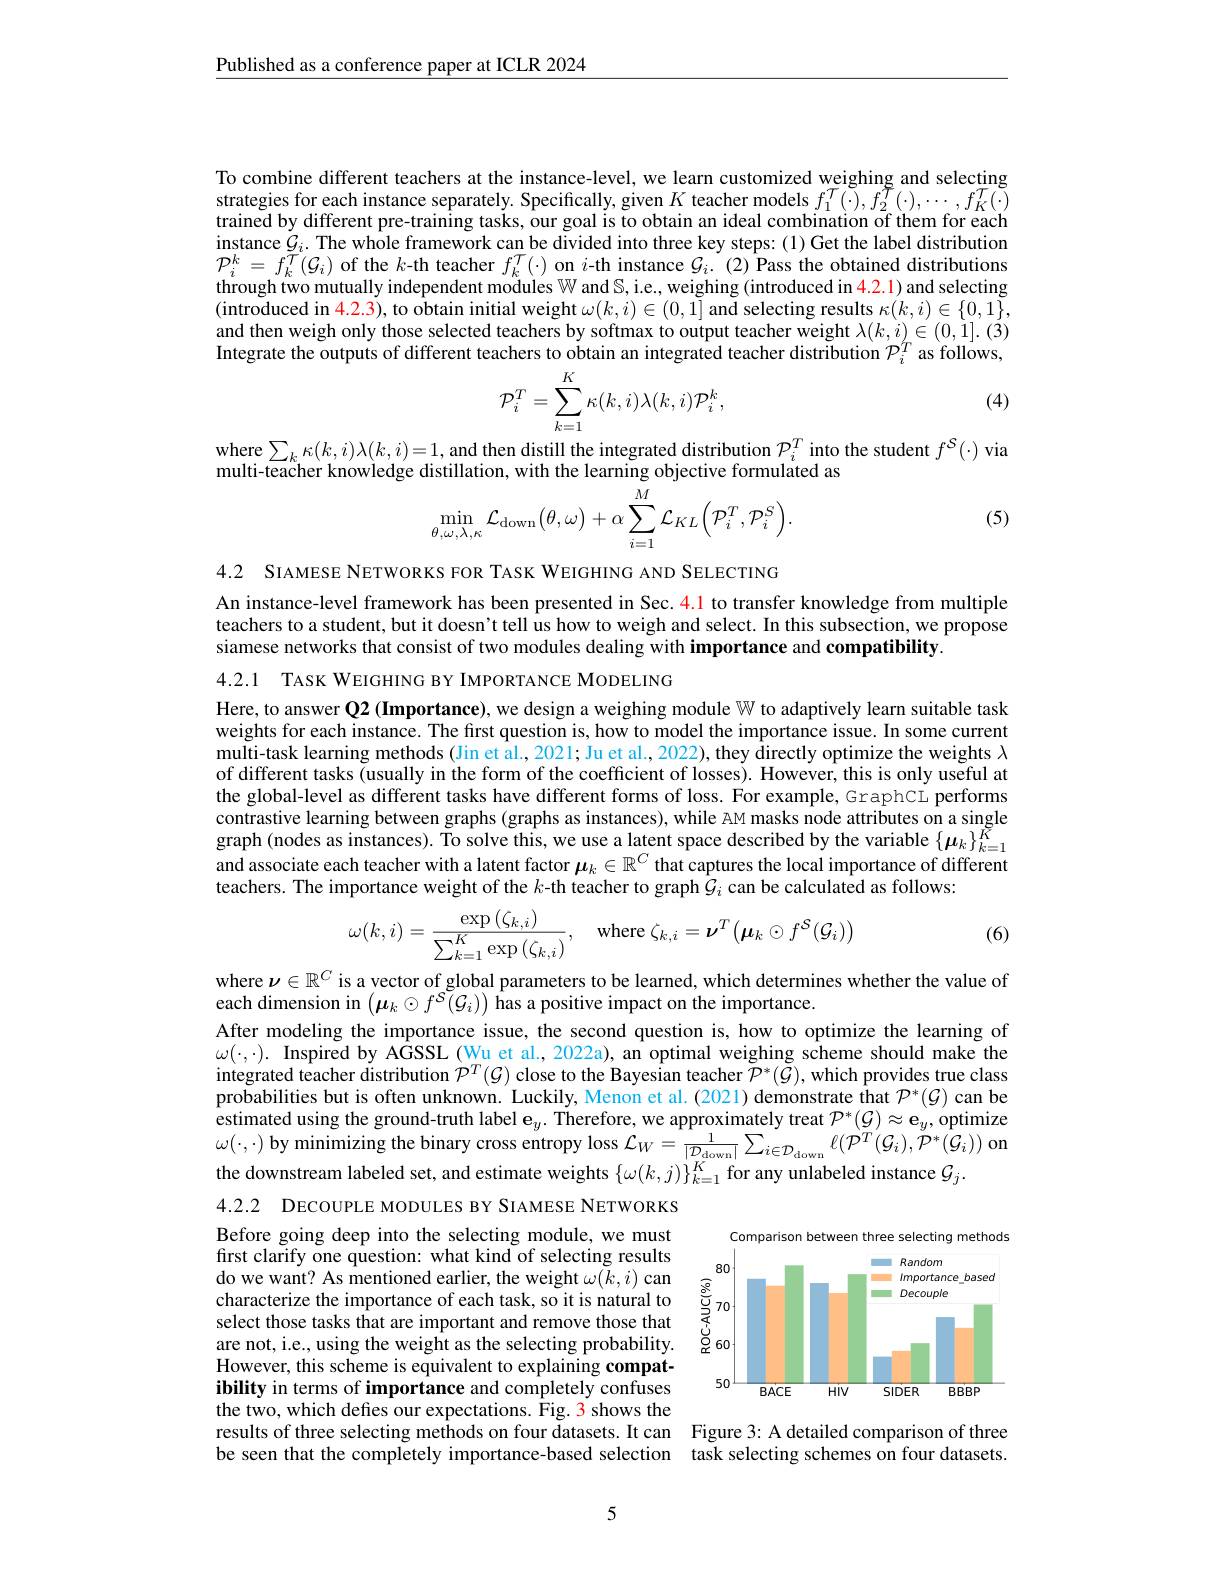
Published as a conference paper at ICLR 2024

To combine different teachers at the instance-level, we learn customized weighing and selecting strategies for each instance separately. Specifically, given $K$ teacher models $f_1^T(\cdot),f_2^T(\cdot),\cdots,f_K^T(\cdot)$ trained by different pre-training tasks, our goal is to obtain an ideal combination of them for each instance $\mathcal{G}_i.$ The whole framework can be divided into three key steps:(1) Get the label distribution $\mathcal{P}_{i}^{k}=f_{k}^{\ddot{T}}(\mathcal{G}_{i})$ of the $k$-th teacher $f_k^{\mathcal{T}}(\cdot)$ on $i$-th instance $G_i.$ (2)Pass the obtained distributions through two mutually independent modules $\mathbb{W}$ and S, i.e., weighing (introduced in 4.2.1) and selecting $(\tilde{\text{introduced in 4.2.3}}),\tilde{\text{to obtain initial weight }\omega}(k,i)\in(0,\tilde{1}]$ and selecting results $\kappa(k,i)\in\{0,1\}$, and then weigh only those selected teachers by softmax to output teacher weight $\lambda(k,i)\in(0,1].$ (3) Integrate the outputs of different teachers to obtain an integrated teacher distribution $\mathcal{P}_i^T$ as follows,
$$\mathcal{P}_{i}^{T}=\sum_{k=1}^{K}\kappa(k,i)\lambda(k,i)\mathcal{P}_{i}^{k},$$
(4)

where $\sum_k\kappa(k,i)\lambda(k,i)=1$, and then distill the integrated distribution $\mathcal{P}_i^T$ into the student $f^S(\cdot)$ via
multi-teacher knowledge distillation, with the learning objective formulated as
$$\min_{\theta,\omega,\lambda,\kappa}\mathcal{L}_{\mathrm{down}}\big(\theta,\omega\big)+\alpha\sum_{i=1}^{M}\mathcal{L}_{KL}\bigg(\mathcal{P}_{i}^{T},\mathcal{P}_{i}^{S}\bigg).$$
(5)

4.2 SIAMESE NETWORKS FOR TASK WEIGHING AND SELECTING
An instance-level framework has been presented in Sec. 4.1 to transfer knowledge from multiple teachers to a student, but it doesn't tell us how to weigh and select. In this subsection, we propose siamese networks that consist of two modules dealing with importance and compatibility.

4.2.1 TASK WEIGHING BY IMPORTANCE MODELING

Here, to answer Q2 (Importance), we design a weighing module $\mathbb{W}$ to adaptively learn suitable task weights for each instance. The first question is, how to model the importance issue. In some current multi-task learning methods (Jin et al., 2021; Ju et al., 2022), they đirectly optimize the weights $\lambda$ of different tasks (usually in the form of the coefficient of losses). However, this is only useful at the global-level as different tasks have different forms of loss. For example, GraphCL performs contrastive learning between graphs (graphs as instances), while zM masks node attributes on a single graph (nodes as instances). To solve this, we use a latent space described by the variable $\{\mu_k\}_{k=1}^K$ and associate each teacher with a latent factor $\boldsymbol\mu_k\in\mathbb{R}^C$ that captures the local importance of different teachers. The importance weight of the $k$-th teacher to graph $\hat{\mathcal{G}}_i$ can be calculated as follows:
$$\omega(k,i)=\frac{\exp\left(\zeta_{k,i}\right)}{\sum_{k=1}^{K}\exp\left(\zeta_{k,i}\right)},\quad\mathrm{where}\:\zeta_{k,i}=\boldsymbol{\nu}^{T}\left(\boldsymbol{\mu}_{k}\odot f^{\mathcal{S}}(\mathcal{G}_{i})\right)$$
(6)

where $\boldsymbol{\nu}\in\mathbb{R}^C$ is a vector of global parameters to be learned, which determines whether the value of
each dimension in $\left(\boldsymbol\mu_k\odot f^{S}(\mathcal{G}_i)\right)$ has a positive impact on the importance.
After modeling the importance issue, the second question is, how to optimize the learning of $\omega(\cdot,\cdot).$ Inspired by AGSSL (Wu et al., 2022a), an optimal weighing scheme should make the integrated teacher distribution $\mathcal{P}^T(\mathcal{G})$ close to the Bayesian teacher $\tilde{\mathcal{P}}^*(\tilde{\mathcal{G}})$, which provides true class probabilities but is often unknown. Luckily, Menon et al.(2021) demonstrate that $\mathcal{P}^*(\mathcal{G})$ can be $\hat{\text{estimated using the ground-truth label e}}_y.$ Therefore, we approximately treat $\mathcal{P}^*(\mathcal{G})\approx\mathbf{e}_y$, optimize $\omega(\cdot,\cdot)$ by minimizing the binary cross entropy loss $\mathcal{L}_W=\frac1{|\mathcal{D}_{\mathrm{down}}|}\sum_{i\in\mathcal{D}_{\mathrm{down}}}\ell(\mathcal{P}^T(\mathcal{G}_i),\mathcal{P}^*(\mathcal{G}_i))$ on the downstream labeled set, and estimate weights $\{\omega(k,j)\}_{k=1}^K$ for any unlabeled instance $\mathcal{G}_j.$

4.2.2 DECOUPLE MODULES BY SIAMESE NETWORKS

<FigureHere>

Before going deep into the selecting module, we must first clarify one question: what kind of selecting results do we want? As mentioned earlier, the weight $\omega(\tilde{k},i)$ can characterize the importance of each task, so it is natural to select those tasks that are important and remove those that are not, i.e., using the weight as the selecting probability. However, this scheme is equivalent to explaining compatibility in terms of importance and completely confuses the two, which defies our expectations. Fig. 3 shows the results of three selecting methods on four datasets. It can Figure 3: A detailed comparison of three be seen that the completely importance-based selection task selecting schemes on four datasets.

5